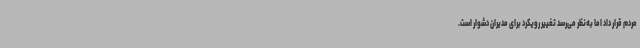
مردم قرار داد اما به‌نظر می‌رسد تغییر رویکرد برای مدیران دشوار است.